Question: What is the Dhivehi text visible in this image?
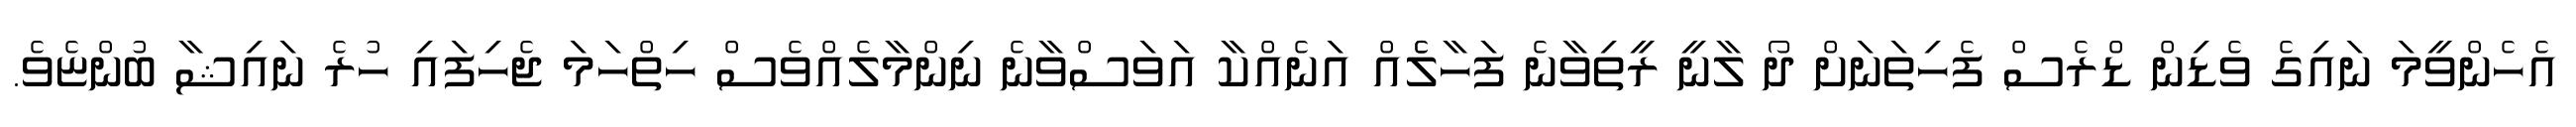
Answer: އެހެންވީމަ ނައިގެ ވެޑިން ޑްރެސް ފެހިތަނަށް ދޯ ލާނީ ރީތިވާނެ ފަހާލެެއް އަނެއްކާ އަވަސްވާނެ ނިންމާލެއްވެސް ހިތްހަމަ ޖެހިފައި ހުރެ ނައިޝާ ބުންޏެވެ.